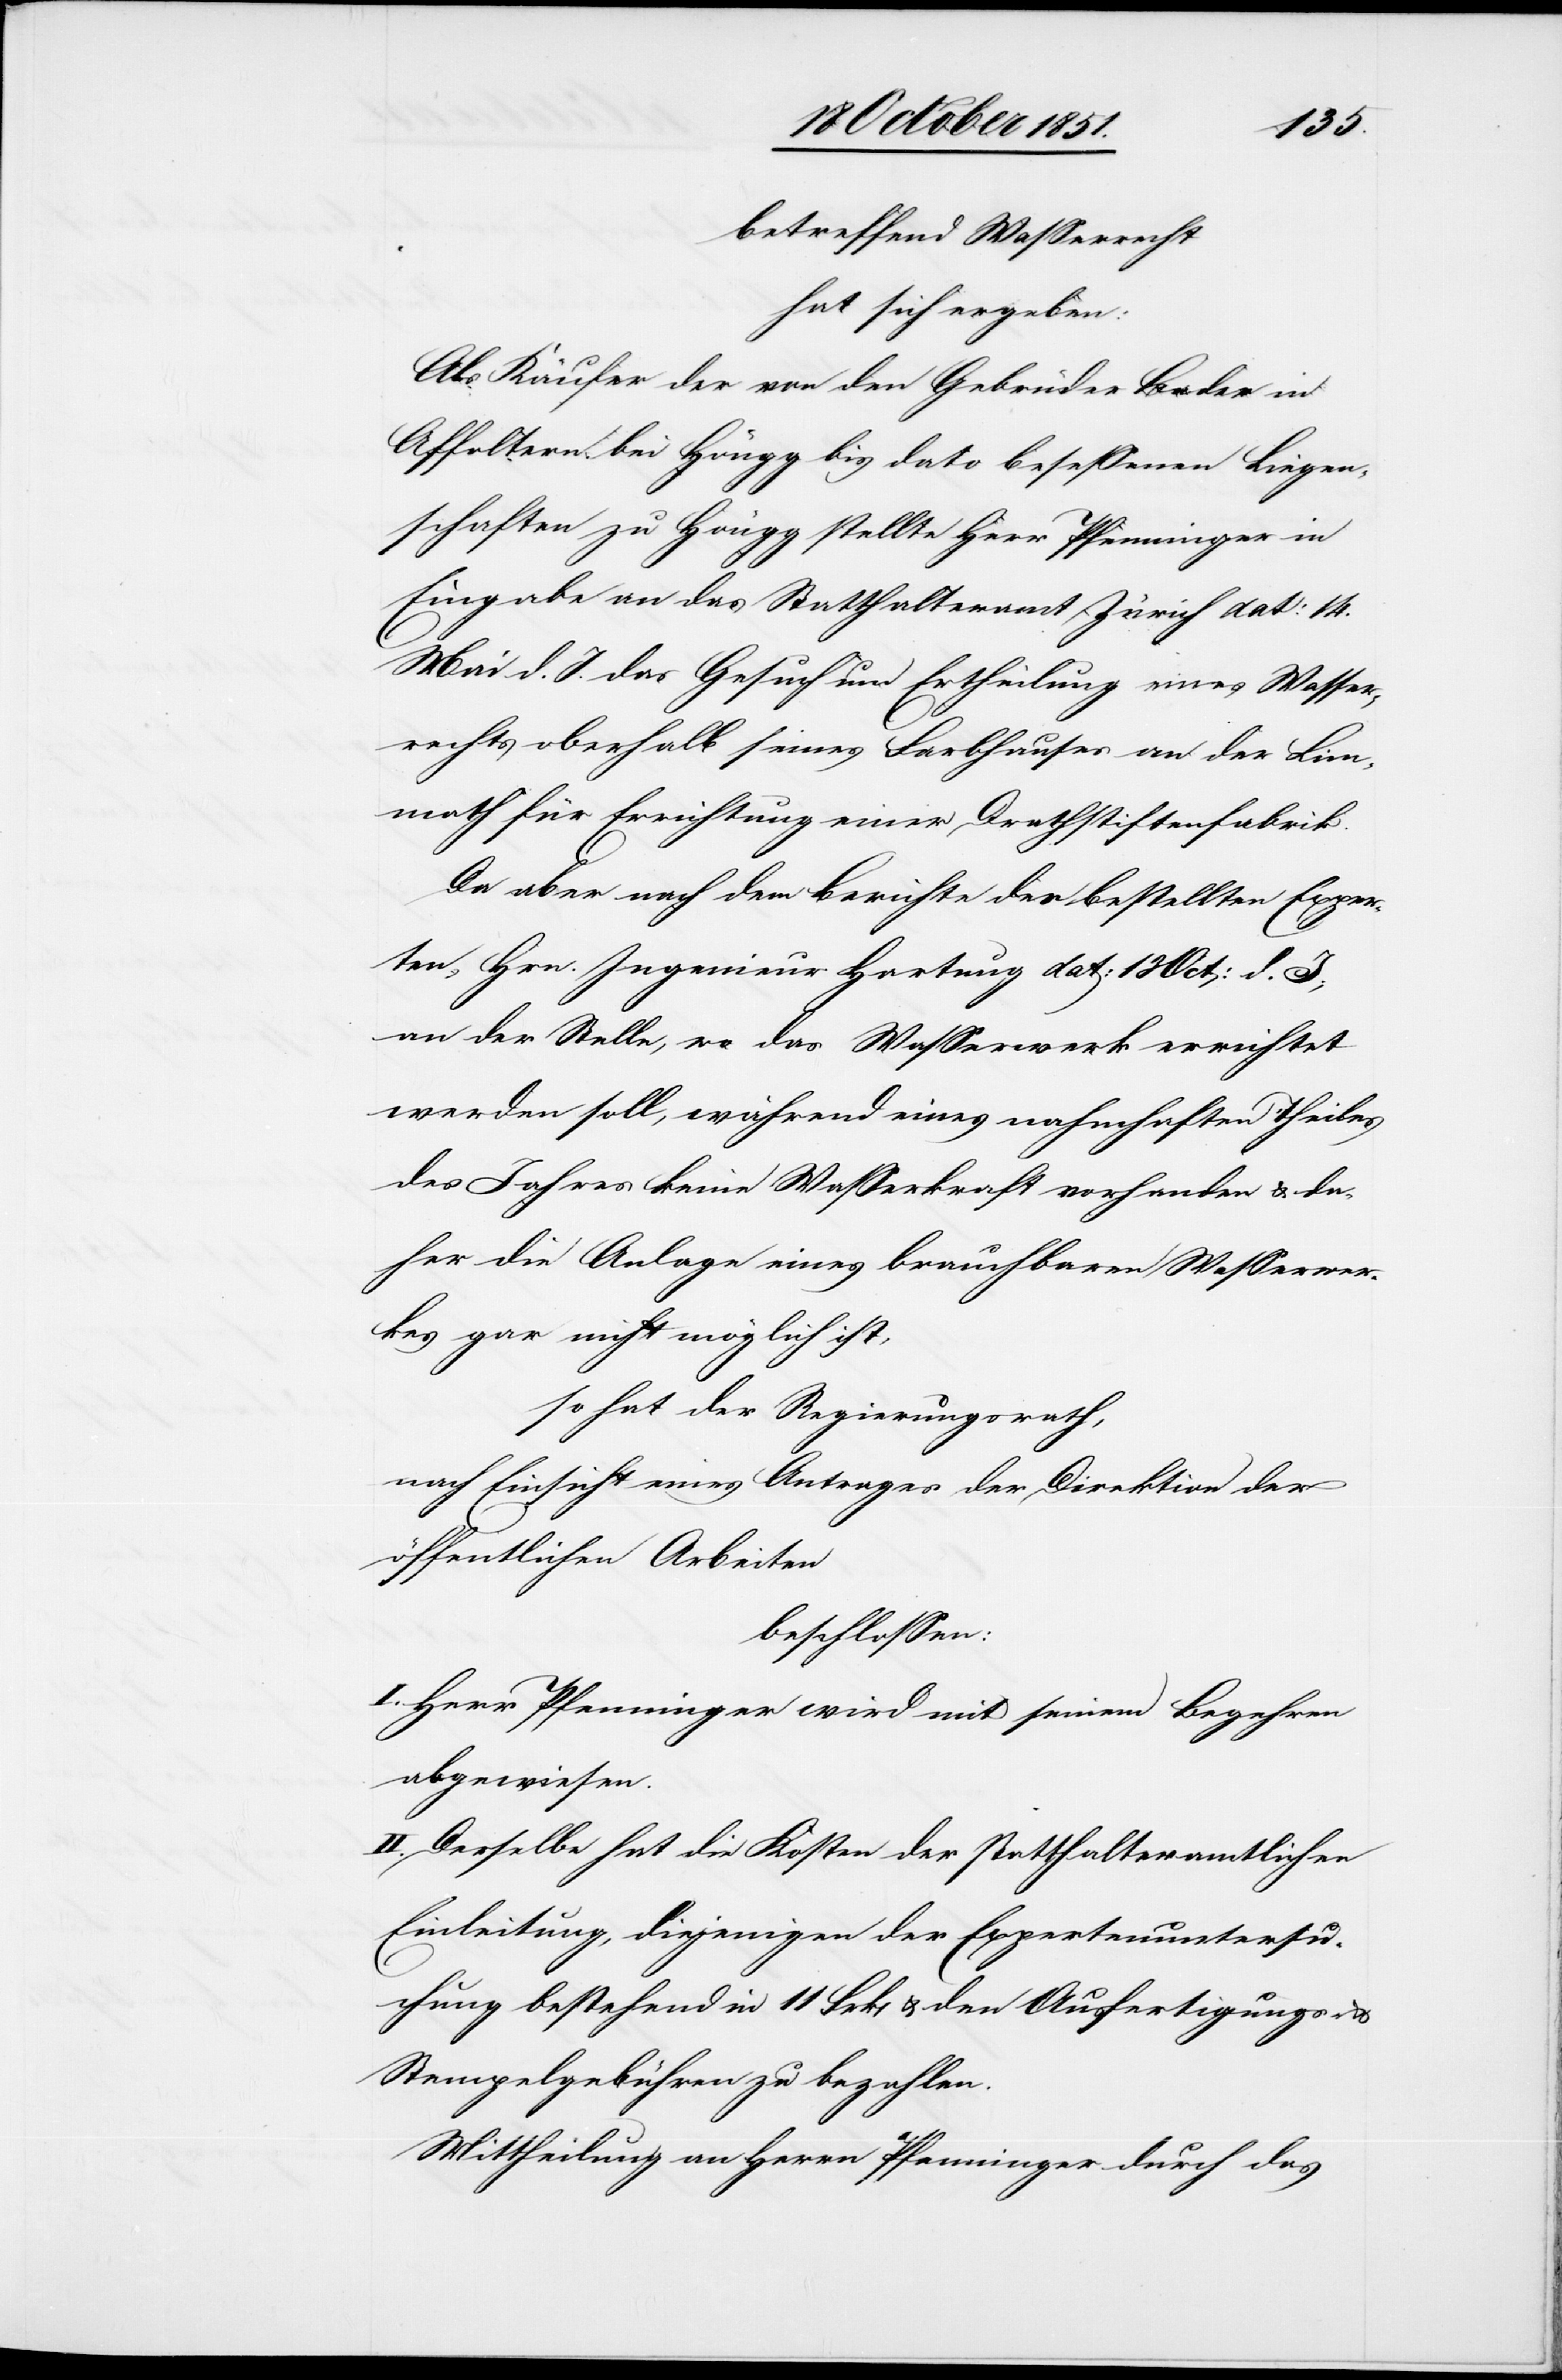
betreffend Wasserrecht
hat sich ergeben:
Als Käufer der von den Gebrüder Bader in
Affoltern bei Höngg bis dato besessenen Liegen¬
schaften zu Höngg stellte Herr Pfenninger in
Eingabe an das Statthalteramt Zürich dat: 14.
Mai d. J. das Gesuch um Ertheilung eines Wasser¬
rechts oberhalb seines Farbhauses an der Lim¬
math für Errichtung einer Drathstiftenfabrik.
Da aber nach dem Berichte des bestellten Exper¬
ten, Hrn. Ingenieur Hartung dat: 13 Oct: d. J;
an der Stelle, wo das Wasserwerk errichtet
werden soll, während eines nahmhaften Theiles
des Jahres keine Wasserkraft vorhanden & da¬
her die Anlage eines brauchbaren Wasserwer¬
kes gar nicht möglich ist,
so hat der Regierungsrath,
nach Einsicht eines Antrages der Direktion der
öffentlichen Arbeiten
beschlossen:
I. Herr Pfenninger wird mit seinem Begehren
abgewiesen.
II. Derselbe hat die Kosten der statthalteramtlichen
Einleitung, diejenigen der Expertenuntersu¬
chung bestehend in 11 Frk[en] & den Ausfertigungs- &
Stempelgebühren zu bezahlen.
Mittheilung an Herrn Pfenninger durch das